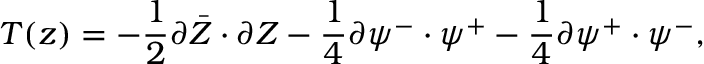
T ( z ) = - \frac { 1 } { 2 } \partial \bar { Z } \cdot \partial Z - \frac { 1 } { 4 } \partial { \psi } ^ { - } \cdot \psi ^ { + } - \frac { 1 } { 4 } \partial \psi ^ { + } \cdot { \psi } ^ { - } , \nonumber